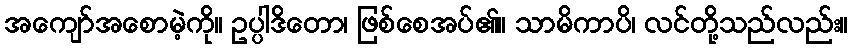
အကျော်အစောမဲ့ကို။ ဥပ္ပါဒိတော၊ ဖြစ်စေအပ်၏။ သာမိကာပိ၊ လင်တို့သည်လည်း။